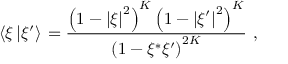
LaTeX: \left\langle { { \xi } \left\vert { \xi ^ { \prime } } \right\rangle } \right. = { \frac { \left( { 1 - { \vert \xi \vert } ^ { 2 } } \right) ^ { K } \left( { 1 - { \vert \xi ^ { \prime } \vert } ^ { 2 } } \right) ^ { K } } { \left( { 1 - \xi ^ { * } \xi ^ { \prime } } \right) ^ { 2 K } } } \ ,